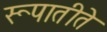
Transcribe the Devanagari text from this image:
रूपातीते